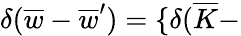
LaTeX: \delta(\overline{{{w}}}-\overline{{{w}}}^{\prime})=\{ \delta(\overline{{{K}}}-